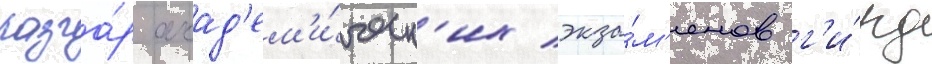
разга́р акад'ем'и́ческ'их экза́м'енов г'и́рд